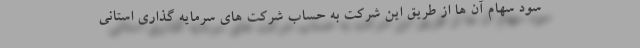
سود سهام آن ها از طریق این شرکت به حساب شرکت های سرمایه گذاری استانی